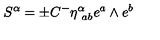
S ^ { \alpha } = \pm C { } ^ { - } \eta _ { \ a b } ^ { \alpha } e ^ { a } \wedge e ^ { b } \label S